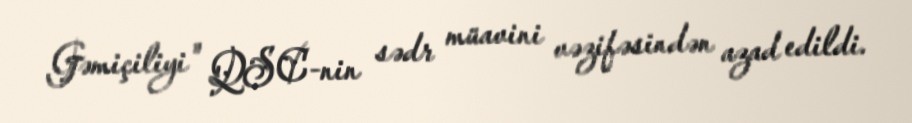
Gəmiçiliyi" QSC-nin sədr müavini vəzifəsindən azad edildi.